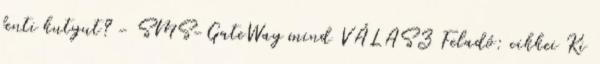
fenti kutyut? - SMS-GateWay mind VÁLASZ Feladó: cikkei Ki